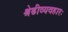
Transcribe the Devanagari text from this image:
श्रेढीव्यवहारः